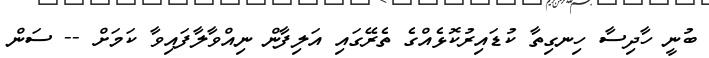
ބުނީ ހާދިސާ ހިނގިތާ ކުޑައިރުކޮޅެއްގެ ތެރޭގައި އަލިފާން ނިއްވާލާފައިވާ ކަމަށް -- ސަން